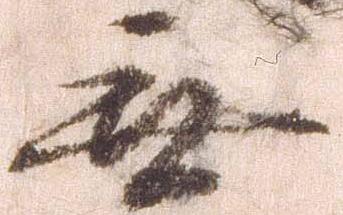
無